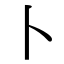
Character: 卜